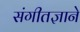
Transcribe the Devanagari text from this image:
संगीतज्ञाने